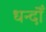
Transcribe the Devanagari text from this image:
धन्दोँ